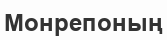
Монрепоның